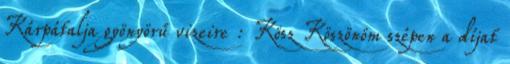
Kárpátalja gyönyörű vizeire : Kösz Köszönöm szépen a díjat